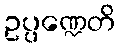
ဥပ္ပဏ္ဍေတိ